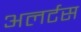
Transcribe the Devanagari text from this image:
अलर्टस